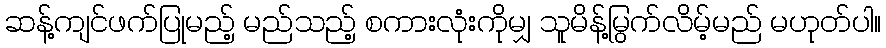
ဆန့်ကျင်ဖက်ပြုမည့် မည်သည့် စကားလုံးကိုမျှ သူမိန့်မြွက်လိမ့်မည် မဟုတ်ပါ။